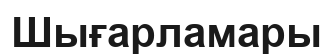
Шығарламары